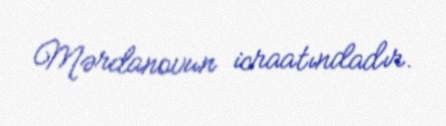
Mərdanovun icraatındadır.